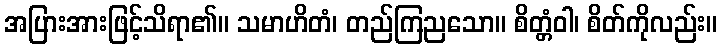
အပြားအားဖြင့်သိရာ၏။ သမာဟိတံ၊ တည်ကြညသော။ စိတ္တံဝါ၊ စိတ်ကိုလည်း။